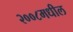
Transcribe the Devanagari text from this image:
२००८मधील